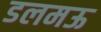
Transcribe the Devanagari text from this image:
डलमऊ